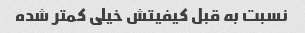
نسبت به قبل کیفیتش خیلی کمتر شده